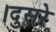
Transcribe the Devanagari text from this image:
।दुसरे